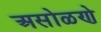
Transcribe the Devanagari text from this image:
असोळणे